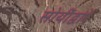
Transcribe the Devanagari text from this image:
सोयींद्वारे